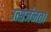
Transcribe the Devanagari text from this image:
उत्सर्जनता